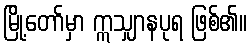
မြို့တော်မှာ ဣသျှာနပုရ ဖြစ်၏။